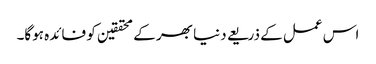
اس عمل کے ذریعے دنیا بھر کے محققین کو فائدہ ہوگا۔